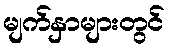
မျက်နှာများတွင်